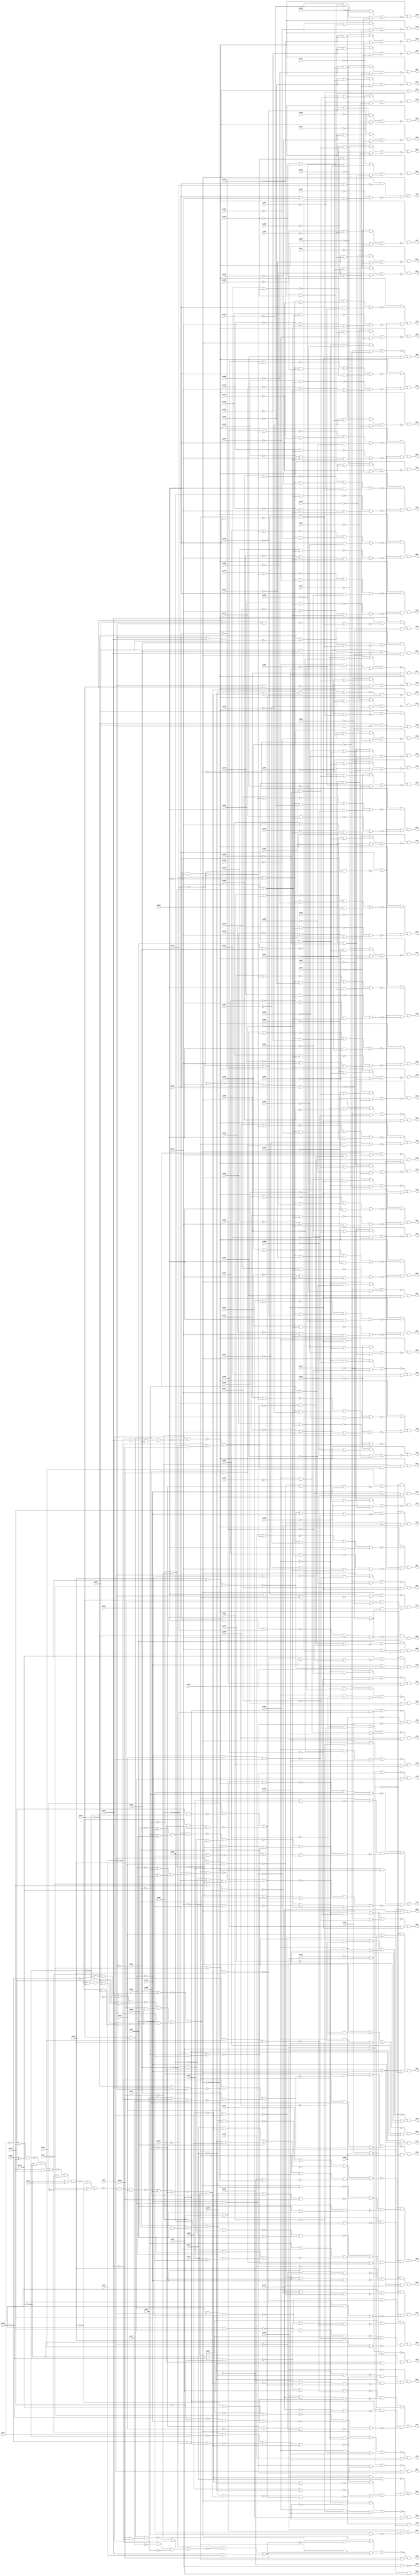
// Benchmark "x3.blif" written by ABC on Thu Mar 19 13:02:36 2020

module x3_blif  ( 
    pi000, pi001, pi002, pi003, pi004, pi005, pi006, pi007, pi008, pi009,
    pi010, pi011, pi012, pi013, pi014, pi015, pi016, pi017, pi018, pi019,
    pi020, pi021, pi022, pi023, pi024, pi025, pi026, pi027, pi028, pi029,
    pi030, pi031, pi032, pi033, pi034, pi035, pi036, pi037, pi038, pi039,
    pi040, pi041, pi042, pi043, pi044, pi045, pi046, pi047, pi048, pi049,
    pi050, pi051, pi052, pi053, pi054, pi055, pi056, pi057, pi058, pi059,
    pi060, pi061, pi062, pi063, pi064, pi065, pi066, pi067, pi068, pi069,
    pi070, pi071, pi072, pi073, pi074, pi075, pi076, pi077, pi078, pi079,
    pi080, pi081, pi082, pi083, pi084, pi085, pi086, pi087, pi088, pi089,
    pi090, pi091, pi092, pi093, pi094, pi095, pi096, pi097, pi098, pi099,
    pi100, pi101, pi102, pi103, pi104, pi105, pi106, pi107, pi108, pi109,
    pi110, pi111, pi112, pi113, pi114, pi115, pi116, pi117, pi118, pi119,
    pi120, pi121, pi122, pi123, pi124, pi125, pi126, pi127, pi128, pi129,
    pi130, pi131, pi132, pi133, pi134,
    po00, po01, po02, po03, po04, po05, po06, po07, po08, po09, po10, po11,
    po12, po13, po14, po15, po16, po17, po18, po19, po20, po21, po22, po23,
    po24, po25, po26, po27, po28, po29, po30, po31, po32, po33, po34, po35,
    po36, po37, po38, po39, po40, po41, po42, po43, po44, po45, po46, po47,
    po48, po49, po50, po51, po52, po53, po54, po55, po56, po57, po58, po59,
    po60, po61, po62, po63, po64, po65, po66, po67, po68, po69, po70, po71,
    po72, po73, po74, po75, po76, po77, po78, po79, po80, po81, po82, po83,
    po84, po85, po86, po87, po88, po89, po90, po91, po92, po93, po94, po95,
    po96, po97, po98  );
  input  pi000, pi001, pi002, pi003, pi004, pi005, pi006, pi007, pi008,
    pi009, pi010, pi011, pi012, pi013, pi014, pi015, pi016, pi017, pi018,
    pi019, pi020, pi021, pi022, pi023, pi024, pi025, pi026, pi027, pi028,
    pi029, pi030, pi031, pi032, pi033, pi034, pi035, pi036, pi037, pi038,
    pi039, pi040, pi041, pi042, pi043, pi044, pi045, pi046, pi047, pi048,
    pi049, pi050, pi051, pi052, pi053, pi054, pi055, pi056, pi057, pi058,
    pi059, pi060, pi061, pi062, pi063, pi064, pi065, pi066, pi067, pi068,
    pi069, pi070, pi071, pi072, pi073, pi074, pi075, pi076, pi077, pi078,
    pi079, pi080, pi081, pi082, pi083, pi084, pi085, pi086, pi087, pi088,
    pi089, pi090, pi091, pi092, pi093, pi094, pi095, pi096, pi097, pi098,
    pi099, pi100, pi101, pi102, pi103, pi104, pi105, pi106, pi107, pi108,
    pi109, pi110, pi111, pi112, pi113, pi114, pi115, pi116, pi117, pi118,
    pi119, pi120, pi121, pi122, pi123, pi124, pi125, pi126, pi127, pi128,
    pi129, pi130, pi131, pi132, pi133, pi134;
  output po00, po01, po02, po03, po04, po05, po06, po07, po08, po09, po10,
    po11, po12, po13, po14, po15, po16, po17, po18, po19, po20, po21, po22,
    po23, po24, po25, po26, po27, po28, po29, po30, po31, po32, po33, po34,
    po35, po36, po37, po38, po39, po40, po41, po42, po43, po44, po45, po46,
    po47, po48, po49, po50, po51, po52, po53, po54, po55, po56, po57, po58,
    po59, po60, po61, po62, po63, po64, po65, po66, po67, po68, po69, po70,
    po71, po72, po73, po74, po75, po76, po77, po78, po79, po80, po81, po82,
    po83, po84, po85, po86, po87, po88, po89, po90, po91, po92, po93, po94,
    po95, po96, po97, po98;
  wire new_n334_, new_n335_, new_n336_, new_n337_, new_n338_, new_n339_,
    new_n340_, new_n341_, new_n342_, new_n343_, new_n344_, new_n345_,
    new_n346_, new_n347_, new_n348_, new_n349_, new_n350_, new_n351_,
    new_n352_, new_n353_, new_n354_, new_n355_, new_n356_, new_n357_,
    new_n358_, new_n359_, new_n360_, new_n361_, new_n362_, new_n363_,
    new_n364_, new_n365_, new_n366_, new_n367_, new_n368_, new_n369_,
    new_n370_, new_n371_, new_n372_, new_n373_, new_n374_, new_n375_,
    new_n376_, new_n377_, new_n378_, new_n379_, new_n380_, new_n381_,
    new_n382_, new_n383_, new_n384_, new_n385_, new_n386_, new_n387_,
    new_n388_, new_n389_, new_n390_, new_n391_, new_n392_, new_n393_,
    new_n394_, new_n395_, new_n396_, new_n397_, new_n398_, new_n399_,
    new_n400_, new_n401_, new_n402_, new_n403_, new_n404_, new_n405_,
    new_n406_, new_n407_, new_n408_, new_n409_, new_n410_, new_n411_,
    new_n412_, new_n413_, new_n414_, new_n415_, new_n416_, new_n417_,
    new_n418_, new_n419_, new_n420_, new_n421_, new_n422_, new_n423_,
    new_n424_, new_n425_, new_n426_, new_n427_, new_n428_, new_n429_,
    new_n430_, new_n431_, new_n432_, new_n433_, new_n434_, new_n435_,
    new_n436_, new_n437_, new_n438_, new_n439_, new_n440_, new_n441_,
    new_n442_, new_n443_, new_n444_, new_n445_, new_n446_, new_n447_,
    new_n448_, new_n449_, new_n450_, new_n451_, new_n452_, new_n453_,
    new_n454_, new_n455_, new_n456_, new_n457_, new_n458_, new_n459_,
    new_n460_, new_n461_, new_n462_, new_n463_, new_n464_, new_n465_,
    new_n466_, new_n467_, new_n468_, new_n469_, new_n470_, new_n471_,
    new_n472_, new_n473_, new_n474_, new_n475_, new_n476_, new_n477_,
    new_n478_, new_n479_, new_n480_, new_n481_, new_n482_, new_n483_,
    new_n484_, new_n485_, new_n486_, new_n487_, new_n488_, new_n489_,
    new_n490_, new_n491_, new_n492_, new_n493_, new_n494_, new_n495_,
    new_n496_, new_n497_, new_n498_, new_n499_, new_n500_, new_n501_,
    new_n502_, new_n503_, new_n504_, new_n505_, new_n506_, new_n507_,
    new_n508_, new_n509_, new_n510_, new_n511_, new_n512_, new_n513_,
    new_n514_, new_n515_, new_n516_, new_n517_, new_n518_, new_n519_,
    new_n520_, new_n521_, new_n522_, new_n523_, new_n524_, new_n525_,
    new_n526_, new_n527_, new_n528_, new_n529_, new_n530_, new_n531_,
    new_n532_, new_n533_, new_n534_, new_n535_, new_n536_, new_n537_,
    new_n538_, new_n539_, new_n540_, new_n541_, new_n542_, new_n543_,
    new_n544_, new_n545_, new_n546_, new_n547_, new_n548_, new_n549_,
    new_n550_, new_n551_, new_n552_, new_n553_, new_n554_, new_n555_,
    new_n556_, new_n557_, new_n558_, new_n559_, new_n560_, new_n561_,
    new_n562_, new_n563_, new_n564_, new_n565_, new_n566_;
  assign po00 = ~new_n552_;
  assign po01 = pi073 | (~pi001 & ~new_n334_ & ~new_n335_);
  assign po02 = ~new_n341_ | (~new_n337_ & ~new_n338_ & ~new_n339_) | (~pi072 & ~new_n340_ & new_n346_);
  assign po03 = ~pi038 & (pi077 | (pi082 & pi081));
  assign po04 = ~pi073 & ~new_n351_;
  assign po05 = ~pi073 & ~new_n352_;
  assign po06 = ~pi073 & ~new_n353_;
  assign po07 = ~pi073 & ~new_n354_;
  assign po08 = ~pi073 & ~new_n355_;
  assign po09 = ~pi073 & ~new_n356_;
  assign po10 = ~pi073 & ~new_n357_;
  assign po11 = ~pi073 & ~new_n358_;
  assign po12 = ~pi073 & ~new_n359_;
  assign po13 = ~pi073 & ~new_n360_;
  assign po14 = ~pi073 & ~new_n361_;
  assign po15 = ~pi073 & ~new_n362_;
  assign po16 = ~pi073 & ~new_n363_;
  assign po17 = ~pi073 & ~new_n364_;
  assign po18 = ~pi073 & ~new_n365_;
  assign po19 = ~pi073 & ~new_n366_;
  assign po20 = ~pi073 & ~new_n367_;
  assign po21 = ~pi073 & ~new_n368_;
  assign po22 = ~pi073 & ~new_n369_;
  assign po23 = ~pi073 & ~new_n370_;
  assign po24 = ~pi073 & ~new_n371_;
  assign po25 = ~pi073 & ~new_n372_;
  assign po26 = ~pi073 & ~new_n373_;
  assign po27 = ~pi073 & ~new_n374_;
  assign po28 = ~pi073 & ~new_n375_;
  assign po29 = ~pi073 & ~new_n376_;
  assign po30 = ~pi073 & ~new_n377_;
  assign po31 = ~pi073 & ~new_n378_;
  assign po32 = ~pi073 & ~new_n379_;
  assign po33 = ~pi073 & ~new_n380_;
  assign po34 = ~pi073 & ~new_n381_;
  assign po35 = ~pi073 & ~new_n382_;
  assign po36 = pi073 | (~pi002 & ~pi001 & ~new_n383_);
  assign po37 = pi038 | (pi083 & ~pi072 & ~new_n384_);
  assign po38 = ~new_n388_ | (~pi072 & ~new_n385_ & ~new_n386_) | (pi074 & ~pi073 & ~new_n387_);
  assign po39 = ~pi073 & ~new_n398_;
  assign po40 = ~new_n407_ & (pi076 | ~new_n406_) & (~new_n403_ | ~new_n404_ | ~new_n405_);
  assign po41 = (~new_n412_ & ~new_n413_ & ~new_n414_) | (~pi036 & ~new_n415_ & ~new_n416_);
  assign po42 = ~new_n421_ & (~pi082 | ~pi081);
  assign po43 = ~pi038 & ((~new_n422_ & ~new_n423_) | (~pi079 & ~new_n424_));
  assign po44 = ~new_n431_ | (~pi038 & ((~new_n423_ & ~new_n428_) | (~new_n429_ & ~new_n430_)));
  assign po45 = pi082 & ~pi038;
  assign po46 = ~pi038 & pi036;
  assign po47 = ~pi073 & (pi083 | (~pi072 & new_n453_));
  assign po48 = ~new_n433_ & (pi084 | ~pi072);
  assign po49 = ~new_n435_ & (pi085 | ~pi072);
  assign po50 = ~pi073 & ~new_n438_ & (~pi086 | ~new_n437_);
  assign po51 = ~new_n441_ & ((pi086 & (~pi087 | ~new_n437_)) | (pi087 & (~pi086 | ~new_n437_)));
  assign po52 = ~pi073 & (pi088 | ~new_n444_) & (~pi086 | ~new_n443_ | ~new_n437_);
  assign po53 = ~pi073 & (pi089 | ~new_n447_) & (~pi086 | ~new_n446_ | ~new_n437_);
  assign po54 = ~pi073 & (pi090 | ~new_n450_) & (~new_n445_ | ~new_n449_ | ~new_n437_);
  assign po55 = ~new_n452_ & (~pi091 | pi072 | ~new_n451_);
  assign po56 = ~pi073 & (pi092 | ~new_n454_) & (pi072 | ~new_n336_ | ~new_n451_);
  assign po57 = ~new_n455_ & (pi093 | ~pi006);
  assign po58 = ~new_n456_ & (pi094 | ~pi006);
  assign po59 = ~new_n457_ & (pi095 | ~pi006);
  assign po60 = ~new_n458_ & (pi096 | ~pi006);
  assign po61 = ~new_n459_ & (pi097 | ~pi006);
  assign po62 = ~new_n460_ & (pi098 | ~pi006);
  assign po63 = ~new_n461_ & (pi099 | ~pi006);
  assign po64 = ~new_n462_ & (pi100 | ~pi006);
  assign po65 = ~new_n463_ & (pi101 | pi006);
  assign po66 = ~new_n464_ & (pi102 | pi006);
  assign po67 = ~new_n465_ & (pi103 | pi006);
  assign po68 = ~new_n466_ & (pi104 | pi006);
  assign po69 = ~new_n467_ & (pi105 | pi006);
  assign po70 = ~new_n468_ & (pi106 | pi006);
  assign po71 = ~new_n469_ & (pi107 | pi006);
  assign po72 = ~new_n470_ & (pi108 | pi006);
  assign po73 = ~pi073 & ~new_n473_ & (pi001 | ~new_n471_ | ~new_n472_);
  assign po74 = ~pi073 & ~new_n478_ & (pi001 | ~new_n471_ | ~new_n477_);
  assign po75 = ~pi073 & ~new_n482_ & (pi001 | ~new_n471_ | ~new_n481_);
  assign po76 = ~pi073 & ~new_n486_ & (pi001 | ~new_n471_ | ~new_n485_);
  assign po77 = ~pi073 & ~new_n490_ & (pi001 | ~new_n471_ | ~new_n489_);
  assign po78 = ~pi073 & ~new_n494_ & (pi001 | ~new_n471_ | ~new_n493_);
  assign po79 = ~pi073 & ~new_n498_ & (pi001 | ~new_n471_ | ~new_n497_);
  assign po80 = ~pi073 & ~new_n502_ & (pi001 | ~new_n471_ | ~new_n501_);
  assign po81 = ~pi073 & ~new_n506_ & (pi001 | ~new_n471_ | ~new_n505_);
  assign po82 = ~pi073 & ~new_n510_ & (pi001 | ~new_n471_ | ~new_n509_);
  assign po83 = ~pi073 & ~new_n514_ & (pi001 | ~new_n471_ | ~new_n513_);
  assign po84 = ~pi073 & ~new_n518_ & (pi001 | ~new_n471_ | ~new_n517_);
  assign po85 = ~pi073 & ~new_n522_ & (pi001 | ~new_n471_ | ~new_n521_);
  assign po86 = ~pi073 & ~new_n526_ & (pi001 | ~new_n471_ | ~new_n525_);
  assign po87 = ~pi073 & ~new_n530_ & (pi001 | ~new_n471_ | ~new_n529_);
  assign po88 = ~pi073 & ~new_n534_ & (pi001 | ~new_n471_ | ~new_n533_);
  assign po89 = ~pi036 & ~pi125 & ~pi038;
  assign po90 = ~new_n536_ & (pi126 | pi125);
  assign po91 = ~new_n537_ & (pi127 | (pi126 & pi125));
  assign po92 = ~new_n407_ & (pi128 | ~new_n414_) & (~pi126 | ~pi125 | ~new_n538_);
  assign po93 = ~new_n407_ & (pi129 | ~new_n540_) & (~pi126 | ~pi125 | ~new_n539_);
  assign po94 = ~new_n407_ & (pi130 | ~new_n542_) & (~pi125 | ~new_n541_ | ~new_n409_);
  assign po95 = ~new_n407_ & (pi131 | ~new_n544_) & (~pi125 | ~new_n404_ | ~new_n543_);
  assign po96 = ~new_n407_ & (pi132 | ~new_n548_) & (~new_n546_ | ~new_n539_ | ~new_n547_);
  assign po97 = ~new_n407_ & (pi133 | ~new_n550_) & (~new_n408_ | ~new_n545_ | ~new_n549_);
  assign po98 = ~new_n551_ & (pi134 | (pi078 & pi036));
  assign new_n334_ = pi003 | pi002;
  assign new_n335_ = ~pi039 & (~pi083 | pi072 | ~new_n336_);
  assign new_n336_ = pi092 & pi091;
  assign new_n337_ = pi073 | ~new_n344_;
  assign new_n338_ = pi075 | pi085 | pi084;
  assign new_n339_ = pi083 & (pi092 | pi091);
  assign new_n340_ = pi075 | pi073;
  assign new_n341_ = (~pi037 | ~new_n342_ | ~new_n343_) & (~pi072 | ~new_n344_ | ~new_n345_);
  assign new_n342_ = pi075 & ~pi073;
  assign new_n343_ = pi028 ? (~pi079 & pi080) : (pi079 & ~pi080);
  assign new_n344_ = ~new_n560_ & ((~new_n558_ & (~pi087 | ~new_n559_)) | (pi087 & ~new_n559_));
  assign new_n345_ = ~pi075 & ~pi073;
  assign new_n346_ = ~new_n349_ & (~pi091 | ~pi083 | ~new_n348_) & (pi085 | pi084 | ~new_n347_);
  assign new_n347_ = ~pi083 | (~pi091 & ~pi092);
  assign new_n348_ = (pi074 & pi092) | (pi027 & (pi074 | ~pi092));
  assign new_n349_ = ~new_n350_ & (~pi109 | pi092);
  assign new_n350_ = ((pi083 | pi109) & (pi091 | (pi028 & pi092))) | (~pi083 & pi109);
  assign new_n351_ = (~pi008 & (~pi040 | (pi007 & ~pi016))) | (~pi040 & (~pi007 | pi016));
  assign new_n352_ = (~pi009 & (~pi041 | (pi007 & ~pi016))) | (~pi041 & (~pi007 | pi016));
  assign new_n353_ = (~pi010 & (~pi042 | (pi007 & ~pi016))) | (~pi042 & (~pi007 | pi016));
  assign new_n354_ = (~pi011 & (~pi043 | (pi007 & ~pi016))) | (~pi043 & (~pi007 | pi016));
  assign new_n355_ = (~pi012 & (~pi044 | (pi007 & ~pi016))) | (~pi044 & (~pi007 | pi016));
  assign new_n356_ = (~pi013 & (~pi045 | (pi007 & ~pi016))) | (~pi045 & (~pi007 | pi016));
  assign new_n357_ = (~pi014 & (~pi046 | (pi007 & ~pi016))) | (~pi046 & (~pi007 | pi016));
  assign new_n358_ = (~pi015 & (~pi047 | (pi007 & ~pi016))) | (~pi047 & (~pi007 | pi016));
  assign new_n359_ = (~pi008 & (~pi048 | (pi007 & pi016))) | (~pi048 & (~pi007 | ~pi016));
  assign new_n360_ = (~pi009 & (~pi049 | (pi007 & pi016))) | (~pi049 & (~pi007 | ~pi016));
  assign new_n361_ = (~pi010 & (~pi050 | (pi007 & pi016))) | (~pi050 & (~pi007 | ~pi016));
  assign new_n362_ = (~pi011 & (~pi051 | (pi007 & pi016))) | (~pi051 & (~pi007 | ~pi016));
  assign new_n363_ = (~pi012 & (~pi052 | (pi007 & pi016))) | (~pi052 & (~pi007 | ~pi016));
  assign new_n364_ = (~pi013 & (~pi053 | (pi007 & pi016))) | (~pi053 & (~pi007 | ~pi016));
  assign new_n365_ = (~pi014 & (~pi054 | (pi007 & pi016))) | (~pi054 & (~pi007 | ~pi016));
  assign new_n366_ = (~pi015 & (~pi055 | (pi007 & pi016))) | (~pi055 & (~pi007 | ~pi016));
  assign new_n367_ = (~pi018 & (~pi056 | (pi017 & ~pi026))) | (~pi056 & (~pi017 | pi026));
  assign new_n368_ = (~pi019 & (~pi057 | (pi017 & ~pi026))) | (~pi057 & (~pi017 | pi026));
  assign new_n369_ = (~pi020 & (~pi058 | (pi017 & ~pi026))) | (~pi058 & (~pi017 | pi026));
  assign new_n370_ = (~pi021 & (~pi059 | (pi017 & ~pi026))) | (~pi059 & (~pi017 | pi026));
  assign new_n371_ = (~pi022 & (~pi060 | (pi017 & ~pi026))) | (~pi060 & (~pi017 | pi026));
  assign new_n372_ = (~pi023 & (~pi061 | (pi017 & ~pi026))) | (~pi061 & (~pi017 | pi026));
  assign new_n373_ = (~pi024 & (~pi062 | (pi017 & ~pi026))) | (~pi062 & (~pi017 | pi026));
  assign new_n374_ = (~pi025 & (~pi063 | (pi017 & ~pi026))) | (~pi063 & (~pi017 | pi026));
  assign new_n375_ = (~pi018 & (~pi064 | (pi017 & pi026))) | (~pi064 & (~pi017 | ~pi026));
  assign new_n376_ = (~pi019 & (~pi065 | (pi017 & pi026))) | (~pi065 & (~pi017 | ~pi026));
  assign new_n377_ = (~pi020 & (~pi066 | (pi017 & pi026))) | (~pi066 & (~pi017 | ~pi026));
  assign new_n378_ = (~pi021 & (~pi067 | (pi017 & pi026))) | (~pi067 & (~pi017 | ~pi026));
  assign new_n379_ = (~pi022 & (~pi068 | (pi017 & pi026))) | (~pi068 & (~pi017 | ~pi026));
  assign new_n380_ = (~pi023 & (~pi069 | (pi017 & pi026))) | (~pi069 & (~pi017 | ~pi026));
  assign new_n381_ = (~pi024 & (~pi070 | (pi017 & pi026))) | (~pi070 & (~pi017 | ~pi026));
  assign new_n382_ = (~pi025 & (~pi071 | (pi017 & pi026))) | (~pi071 & (~pi017 | ~pi026));
  assign new_n383_ = ~pi072 | pi003;
  assign new_n384_ = ~pi092 | ~pi091;
  assign new_n385_ = pi074 | pi073;
  assign new_n386_ = ~new_n396_ & (~new_n344_ | ~new_n390_ | ~new_n347_) & (pi091 | ~new_n395_ | ~new_n392_);
  assign new_n387_ = ~new_n393_ & (new_n344_ | ~new_n390_ | ~new_n347_) & (pi091 | ~new_n391_ | ~new_n392_);
  assign new_n388_ = ~new_n389_ | ~pi092 | ~pi091;
  assign new_n389_ = ~pi072 & pi083 & ~pi073;
  assign new_n390_ = ~pi085 & ~pi084;
  assign new_n391_ = ~pi109 & ~pi092;
  assign new_n392_ = pi085 | pi084;
  assign new_n393_ = ~new_n394_ | (~pi109 & ~pi083 & ~new_n390_);
  assign new_n394_ = ~pi072 & (~pi083 | ((~pi027 | ~pi091) & (~pi092 | pi028)));
  assign new_n395_ = pi109 & ~pi092;
  assign new_n396_ = ~new_n397_ | (pi109 & ~pi083 & ~new_n390_);
  assign new_n397_ = ~pi083 | ((~pi028 | ~pi092) & (~pi091 | pi027));
  assign new_n398_ = ~new_n401_ & (pi032 | ~new_n399_ | ~new_n400_);
  assign new_n399_ = ~pi034 & ~pi033;
  assign new_n400_ = ~pi035 & pi078 & pi036;
  assign new_n401_ = (~new_n402_ & pi134) | (pi075 & (~pi079 | ~pi080));
  assign new_n402_ = ~new_n553_ | ~pi125 | ~pi126;
  assign new_n403_ = ~new_n411_ & pi125 & pi076;
  assign new_n404_ = pi126 & pi128 & pi127;
  assign new_n405_ = pi129 & ~pi131 & pi130;
  assign new_n406_ = ~new_n410_ | ~new_n408_ | ~new_n409_;
  assign new_n407_ = pi038 | pi036;
  assign new_n408_ = pi125 & pi127 & pi126;
  assign new_n409_ = pi128 & pi130 & pi129;
  assign new_n410_ = ~pi131 & ~pi133 & ~pi132;
  assign new_n411_ = pi133 | pi132;
  assign new_n412_ = ~new_n410_ | pi036 | ~new_n409_;
  assign new_n413_ = pi038 | pi077 | ~pi076;
  assign new_n414_ = ~pi125 | ~pi127 | ~pi126;
  assign new_n415_ = ~pi077 | pi038;
  assign new_n416_ = ~new_n419_ & ~new_n417_ & ~new_n418_;
  assign new_n417_ = ~new_n420_ | ~pi125 | ~pi076;
  assign new_n418_ = ~pi126 | ~pi128 | ~pi127;
  assign new_n419_ = ~pi129 | pi131 | ~pi130;
  assign new_n420_ = ~pi133 & ~pi132;
  assign new_n421_ = ~pi000 | pi038 | (~pi036 & ~pi078);
  assign new_n422_ = ~pi079 | pi075;
  assign new_n423_ = (~pi032 & ~new_n426_ & ~new_n427_) | (pi134 & ~new_n402_);
  assign new_n424_ = ~pi075 & ~new_n425_ & (pi032 | ~new_n399_ | ~new_n400_);
  assign new_n425_ = pi134 & ~new_n402_;
  assign new_n426_ = pi034 | pi033;
  assign new_n427_ = pi035 | ~pi078 | ~pi036;
  assign new_n428_ = ~pi080 | pi075;
  assign new_n429_ = pi080 | ~pi079;
  assign new_n430_ = ~new_n432_ & (pi032 | ~new_n399_ | ~new_n400_);
  assign new_n431_ = pi038 | ~pi080 | pi079;
  assign new_n432_ = pi075 | (~new_n402_ & pi134);
  assign new_n433_ = pi073 | (~pi084 & ~new_n434_) | (~pi072 & pi084 & new_n434_);
  assign new_n434_ = ~pi090 & ~new_n563_ & (pi089 | pi031);
  assign new_n435_ = pi073 | (~pi085 & ~new_n436_) | (~pi072 & pi085 & new_n436_);
  assign new_n436_ = ~pi089 & ~new_n566_ & (pi090 | ~new_n565_);
  assign new_n437_ = ~new_n440_ | pi002 | pi001;
  assign new_n438_ = ~new_n439_ & ~pi086 & pi072;
  assign new_n439_ = pi001 | pi003 | pi002;
  assign new_n440_ = pi072 & ~pi003;
  assign new_n441_ = pi073 | (~pi002 & ~pi001 & ~new_n442_);
  assign new_n442_ = pi003 | pi087 | ~pi072;
  assign new_n443_ = pi088 & pi087;
  assign new_n444_ = ~new_n445_ | (~pi002 & ~pi001 & ~new_n383_);
  assign new_n445_ = pi087 & pi086;
  assign new_n446_ = pi087 & pi089 & pi088;
  assign new_n447_ = ~new_n448_ | (~pi002 & ~pi001 & ~new_n383_);
  assign new_n448_ = pi086 & pi088 & pi087;
  assign new_n449_ = pi088 & pi090 & pi089;
  assign new_n450_ = ~new_n446_ | ~pi086 | (~pi002 & ~pi001 & ~new_n383_);
  assign new_n451_ = pi083 | new_n453_;
  assign new_n452_ = pi073 | (~pi091 & (pi072 | (~pi083 & ~new_n453_)));
  assign new_n453_ = ~new_n561_ & (~pi089 | (~pi090 & pi084));
  assign new_n454_ = ~pi091 | pi072 | (~new_n453_ & ~pi083);
  assign new_n455_ = pi073 | (~pi004 & ~pi093) | (pi004 & ~pi006 & ~pi094);
  assign new_n456_ = pi073 | (~pi004 & ~pi094) | (pi004 & ~pi006 & ~pi095);
  assign new_n457_ = pi073 | (~pi004 & ~pi095) | (pi004 & ~pi006 & ~pi096);
  assign new_n458_ = pi073 | (~pi004 & ~pi096) | (pi004 & ~pi006 & ~pi097);
  assign new_n459_ = pi073 | (~pi004 & ~pi097) | (pi004 & ~pi006 & ~pi098);
  assign new_n460_ = pi073 | (~pi004 & ~pi098) | (pi004 & ~pi006 & ~pi099);
  assign new_n461_ = pi073 | (~pi004 & ~pi099) | (pi004 & ~pi006 & ~pi100);
  assign new_n462_ = pi073 | (pi004 & ~pi005 & ~pi006) | (~pi004 & ~pi100);
  assign new_n463_ = pi073 | (~pi004 & ~pi101) | (pi004 & ~pi102 & pi006);
  assign new_n464_ = pi073 | (~pi004 & ~pi102) | (pi004 & ~pi103 & pi006);
  assign new_n465_ = pi073 | (~pi004 & ~pi103) | (pi004 & ~pi104 & pi006);
  assign new_n466_ = pi073 | (~pi004 & ~pi104) | (pi004 & ~pi105 & pi006);
  assign new_n467_ = pi073 | (~pi004 & ~pi105) | (pi004 & ~pi106 & pi006);
  assign new_n468_ = pi073 | (~pi004 & ~pi106) | (pi004 & ~pi107 & pi006);
  assign new_n469_ = pi073 | (~pi004 & ~pi107) | (pi004 & ~pi108 & pi006);
  assign new_n470_ = pi073 | (~pi004 & ~pi108) | (pi004 & ~pi005 & pi006);
  assign new_n471_ = ~pi003 & ~pi002;
  assign new_n472_ = ~new_n476_ & (~pi110 | pi072 | ~new_n392_);
  assign new_n473_ = ~new_n474_ | (pi002 & ~pi003 & ~pi040) | (pi003 & ~pi056);
  assign new_n474_ = pi093 | ~new_n475_;
  assign new_n475_ = pi001 & ~pi003 & ~pi002;
  assign new_n476_ = pi109 & (pi072 | (~pi084 & ~pi085));
  assign new_n477_ = ~new_n480_ & (~pi111 | pi072 | ~new_n392_);
  assign new_n478_ = ~new_n479_ | (pi002 & ~pi003 & ~pi041) | (pi003 & ~pi057);
  assign new_n479_ = pi094 | ~new_n475_;
  assign new_n480_ = pi110 & (pi072 | (~pi084 & ~pi085));
  assign new_n481_ = ~new_n484_ & (~pi112 | pi072 | ~new_n392_);
  assign new_n482_ = ~new_n483_ | (pi002 & ~pi003 & ~pi042) | (pi003 & ~pi058);
  assign new_n483_ = pi095 | ~new_n475_;
  assign new_n484_ = pi111 & (pi072 | (~pi084 & ~pi085));
  assign new_n485_ = ~new_n488_ & (~pi113 | pi072 | ~new_n392_);
  assign new_n486_ = ~new_n487_ | (pi002 & ~pi003 & ~pi043) | (pi003 & ~pi059);
  assign new_n487_ = pi096 | ~new_n475_;
  assign new_n488_ = pi112 & (pi072 | (~pi084 & ~pi085));
  assign new_n489_ = ~new_n492_ & (~pi114 | pi072 | ~new_n392_);
  assign new_n490_ = ~new_n491_ | (pi002 & ~pi003 & ~pi044) | (pi003 & ~pi060);
  assign new_n491_ = pi097 | ~new_n475_;
  assign new_n492_ = pi113 & (pi072 | (~pi084 & ~pi085));
  assign new_n493_ = ~new_n496_ & (~pi115 | pi072 | ~new_n392_);
  assign new_n494_ = ~new_n495_ | (pi002 & ~pi003 & ~pi045) | (pi003 & ~pi061);
  assign new_n495_ = pi098 | ~new_n475_;
  assign new_n496_ = pi114 & (pi072 | (~pi084 & ~pi085));
  assign new_n497_ = ~new_n500_ & (~pi116 | pi072 | ~new_n392_);
  assign new_n498_ = ~new_n499_ | (pi002 & ~pi003 & ~pi046) | (pi003 & ~pi062);
  assign new_n499_ = pi099 | ~new_n475_;
  assign new_n500_ = pi115 & (pi072 | (~pi084 & ~pi085));
  assign new_n501_ = ~new_n504_ & (~pi117 | pi072 | ~new_n392_);
  assign new_n502_ = ~new_n503_ | (pi002 & ~pi003 & ~pi047) | (pi003 & ~pi063);
  assign new_n503_ = pi100 | ~new_n475_;
  assign new_n504_ = pi116 & (pi072 | (~pi084 & ~pi085));
  assign new_n505_ = ~new_n508_ & (~pi118 | pi072 | ~new_n392_);
  assign new_n506_ = ~new_n507_ | (pi002 & ~pi003 & ~pi048) | (pi003 & ~pi064);
  assign new_n507_ = pi101 | ~new_n475_;
  assign new_n508_ = pi117 & (pi072 | (~pi084 & ~pi085));
  assign new_n509_ = ~new_n512_ & (~pi119 | pi072 | ~new_n392_);
  assign new_n510_ = ~new_n511_ | (pi002 & ~pi003 & ~pi049) | (pi003 & ~pi065);
  assign new_n511_ = pi102 | ~new_n475_;
  assign new_n512_ = pi118 & (pi072 | (~pi084 & ~pi085));
  assign new_n513_ = ~new_n516_ & (~pi120 | pi072 | ~new_n392_);
  assign new_n514_ = ~new_n515_ | (pi002 & ~pi003 & ~pi050) | (pi003 & ~pi066);
  assign new_n515_ = pi103 | ~new_n475_;
  assign new_n516_ = pi119 & (pi072 | (~pi084 & ~pi085));
  assign new_n517_ = ~new_n520_ & (~pi121 | pi072 | ~new_n392_);
  assign new_n518_ = ~new_n519_ | (pi002 & ~pi003 & ~pi051) | (pi003 & ~pi067);
  assign new_n519_ = pi104 | ~new_n475_;
  assign new_n520_ = pi120 & (pi072 | (~pi084 & ~pi085));
  assign new_n521_ = ~new_n524_ & (~pi122 | pi072 | ~new_n392_);
  assign new_n522_ = ~new_n523_ | (pi002 & ~pi003 & ~pi052) | (pi003 & ~pi068);
  assign new_n523_ = pi105 | ~new_n475_;
  assign new_n524_ = pi121 & (pi072 | (~pi084 & ~pi085));
  assign new_n525_ = ~new_n528_ & (~pi123 | pi072 | ~new_n392_);
  assign new_n526_ = ~new_n527_ | (pi002 & ~pi003 & ~pi053) | (pi003 & ~pi069);
  assign new_n527_ = pi106 | ~new_n475_;
  assign new_n528_ = pi122 & (pi072 | (~pi084 & ~pi085));
  assign new_n529_ = ~new_n532_ & (~pi124 | pi072 | ~new_n392_);
  assign new_n530_ = ~new_n531_ | (pi002 & ~pi003 & ~pi054) | (pi003 & ~pi070);
  assign new_n531_ = pi107 | ~new_n475_;
  assign new_n532_ = pi123 & (pi072 | (~pi084 & ~pi085));
  assign new_n533_ = ~pi124 | (~pi072 & (pi085 | pi084));
  assign new_n534_ = ~new_n535_ | (pi002 & ~pi003 & ~pi055) | (pi003 & ~pi071);
  assign new_n535_ = pi108 | ~new_n475_;
  assign new_n536_ = pi036 | pi038 | (pi125 & pi126);
  assign new_n537_ = pi036 | pi038 | (pi125 & pi126 & pi127);
  assign new_n538_ = pi128 & pi127;
  assign new_n539_ = pi127 & pi129 & pi128;
  assign new_n540_ = ~new_n538_ | ~pi126 | ~pi125;
  assign new_n541_ = pi127 & pi126;
  assign new_n542_ = ~new_n539_ | ~pi126 | ~pi125;
  assign new_n543_ = pi129 & pi131 & ~pi130;
  assign new_n544_ = ~new_n545_ | ~pi125 | ~new_n541_;
  assign new_n545_ = pi128 & ~pi130 & pi129;
  assign new_n546_ = pi126 & pi125;
  assign new_n547_ = ~pi130 & pi132 & pi131;
  assign new_n548_ = ~new_n543_ | ~pi125 | ~new_n404_;
  assign new_n549_ = pi131 & pi133 & pi132;
  assign new_n550_ = ~new_n547_ | ~new_n546_ | ~new_n539_;
  assign new_n551_ = ~pi000 | pi038 | (pi081 & pi082);
  assign new_n552_ = ~pi075 & pi072;
  assign new_n553_ = ~new_n554_ & pi127 & pi128;
  assign new_n554_ = ~new_n555_ | ~pi129 | (~pi130 & ~pi032);
  assign new_n555_ = ~new_n556_ & (~pi130 | ~pi032) & (~pi131 | pi033);
  assign new_n556_ = ~new_n557_ | (~pi131 & pi033) | (pi132 & ~pi034);
  assign new_n557_ = (~pi034 | pi132) & (pi035 ^ ~pi133);
  assign new_n558_ = (~pi032 & (~pi033 | pi086)) | ~pi088 | (~pi033 & ~pi086);
  assign new_n559_ = (~pi034 & (~pi035 | pi086)) | pi088 | (~pi035 & ~pi086);
  assign new_n560_ = pi090 | pi089;
  assign new_n561_ = ~pi088 | ~new_n562_;
  assign new_n562_ = pi086 & ~pi087 & (~pi031 | pi089 | pi090);
  assign new_n563_ = ~new_n564_ | ~pi088 | (~pi089 & ~pi030 & ~pi029);
  assign new_n564_ = pi086 & ~pi087 & (pi084 | ~pi089);
  assign new_n565_ = pi029 | ~pi031 | pi030;
  assign new_n566_ = ~pi086 | ~pi088 | pi087;
endmodule